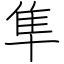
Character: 隼